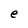
Character: e